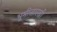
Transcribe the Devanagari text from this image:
भूमीसारखी